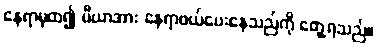
နေရာမှထ၍ ပီယာအား နေရာဖယ်ပေးနေသည်ကို တွေ့ရသည်။